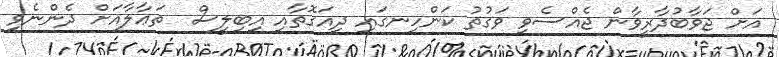
އަށް ޖަވާބުދާރީވާން ޖެއްސެވި ވަގުތު ކަންހިނގައި ދިއަގޮތާއި އިބިލީސް  ތަޢާލާއަށް ދެންނެވި